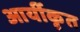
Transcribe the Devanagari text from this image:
आर्यीकृत